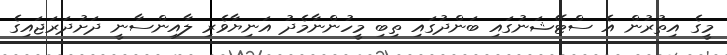
މީގެ އިތުރުން އެ ސްޓޭޝަނުގައި ބަންދުގައި ތިބި މީހުންނާމެދު އަނިޔާވެރި ލާއިންސާނީ ދަށުދަރަޖައިގެ